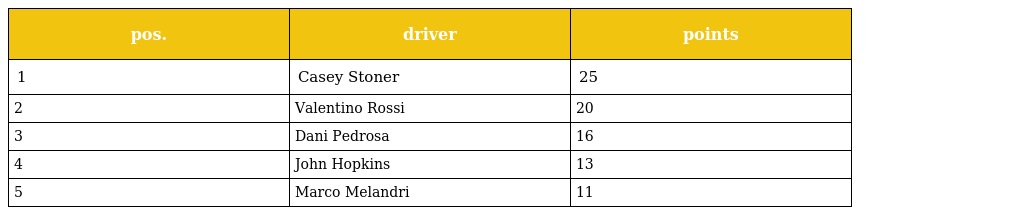
| pos. | driver | points |
 | --- | --- | --- |
 | 1 | Casey Stoner | 25 |
 | 2 | Valentino Rossi | 20 |
 | 3 | Dani Pedrosa | 16 |
 | 4 | John Hopkins | 13 |
 | 5 | Marco Melandri | 11 |